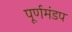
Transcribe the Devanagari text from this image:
पूर्णमंडप